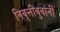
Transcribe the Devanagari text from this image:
निवृत्तीबुवांनी